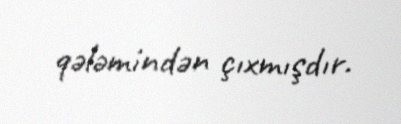
qələmindən çıxmışdır.